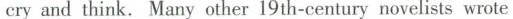
cryand think. Many other 19 th-century novelists wrote